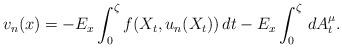
LaTeX: \begin{align*}v_{n}(x)=-E_{x}\int_{0}^{\zeta}f(X_{t}, u_{n}(X_{t}))\,dt-E_{x}\int_{0}^{\zeta}\,dA^{\mu}_t.\end{align*}